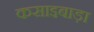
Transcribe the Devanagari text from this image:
कसाइबाड़ा